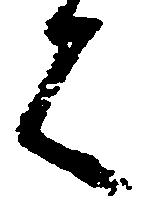
言